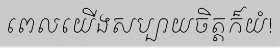
ពេលយើងសប្បាយចិត្តក៏យំ!